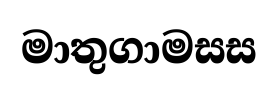
මාතුගාමසස